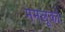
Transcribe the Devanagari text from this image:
ममलूकों